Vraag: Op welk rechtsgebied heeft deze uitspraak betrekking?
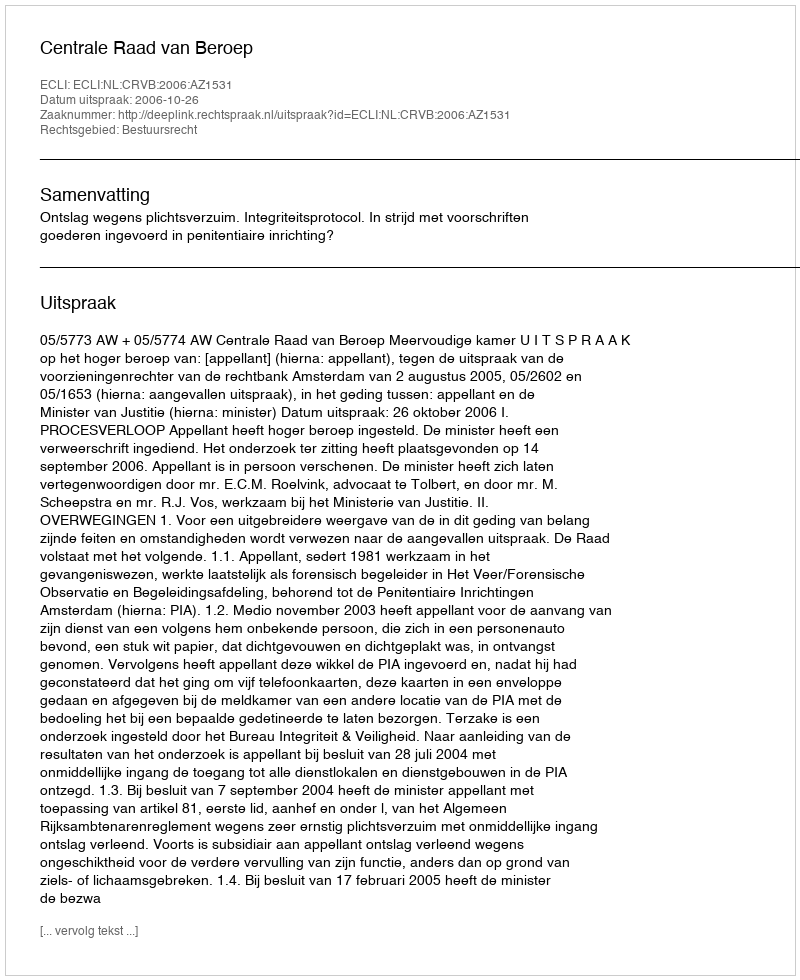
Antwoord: Bestuursrecht